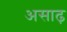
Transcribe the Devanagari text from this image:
असाढ़